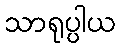
သာရုပ္ပါယ